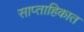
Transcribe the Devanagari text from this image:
साप्‍ताहिकात